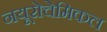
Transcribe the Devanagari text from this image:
नयूरोचेमिकल